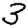
Digit: 3